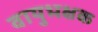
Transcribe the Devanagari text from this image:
वायुभक्षक